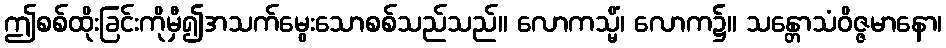
ဤစစ်ထိုးခြင်းကိုမှီ၍အသက်မွေးသောစစ်သည်သည်။ လောကသ္မိံ၊ လောက၌။ သန္တောသံဝိဇ္ဇမာနော၊